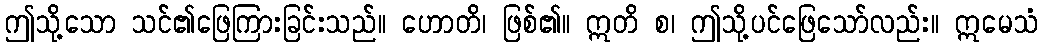
ဤသို့သော သင်၏ဖြေကြားခြင်းသည်။ ဟောတိ၊ ဖြစ်၏။ ဣတိ စ၊ ဤသို့ပင်ဖြေသော်လည်း။ ဣမေသံ